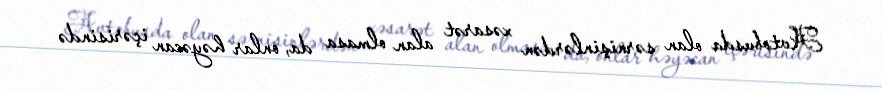
Avtobusda olan sərnişinlərdən xəsarət alan olmasa da, onlar həyəcan içərisində